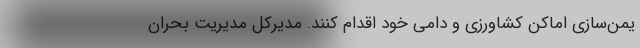
یمن‌سازی اماکن کشاورزی و دامی خود اقدام کنند. مدیرکل مدیریت بحران